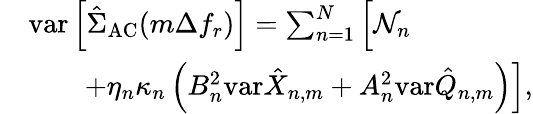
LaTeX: \begin{array}{rl}&{\mathrm{var}\left[\hat{\Sigma}_{\mathrm{AC}}(m\Delta f_{r})\right]=\sum_{n=1}^{N}\Big[{\cal N}_{n}}\\ &{\quad\quad\left.+\eta_{n}\kappa_{n}\left(B_{n}^{2}\mathrm{var}\hat{X}_{n,m}+A_{n}^{2}\mathrm{var}\hat{Q}_{n,m}\right)\right],}\end{array}